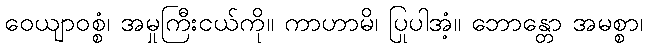
ဝေယျာဝစ္စံ၊ အမှုကြီးငယ်ကို။ ကာဟာမိ၊ ပြုပါအံ့။ ဘောန္တော အမစ္စာ၊